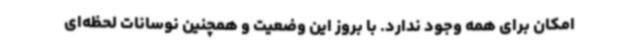
امکان برای همه وجود ندارد. با بروز این وضعیت و همچنین نوسانات لحظه‌ای